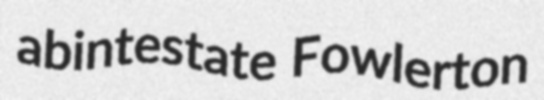
abintestate Fowlerton